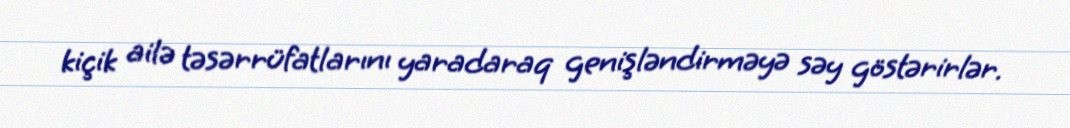
kiçik ailə təsərrüfatlarını yaradaraq genişləndirməyə səy göstərirlər.